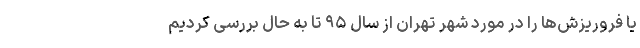
یا فروریزش‌ها را در مورد شهر تهران از سال ۹۵ تا به حال بررسی کردیم